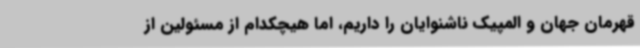
قهرمان جهان و المپیک ناشنوایان را داریم، اما هیچکدام از مسئولین از